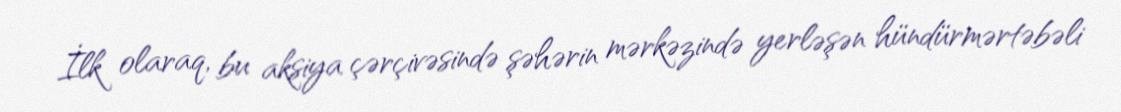
İlk olaraq, bu aksiya çərçivəsində şəhərin mərkəzində yerləşən hündürmərtəbəli